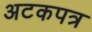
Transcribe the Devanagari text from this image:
अटकपत्र